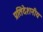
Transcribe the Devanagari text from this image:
प्रतिदेशनीय